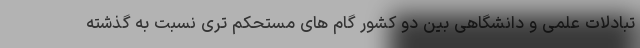
تبادلات علمی و دانشگاهی بین دو کشور گام های مستحکم تری نسبت به گذشته